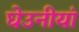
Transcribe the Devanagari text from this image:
घेउनीयां